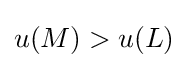
u(M)>u(L)